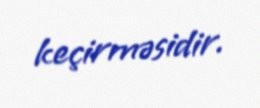
keçirməsidir.